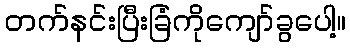
တက်နင်းပြီးခြံကိုကျော်ခွပေါ့။